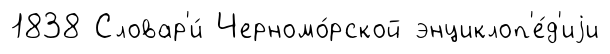
1838 Словар'и́ Черномо́рской энциклоп'е́д'иjи